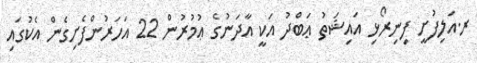
ރ.އަލިފުށީ ފިނިރޯޅި އައިޝަތު ޢަބްދު އަކީ އާދަނުގެ ޢުމުރުން 22 އަހަރުންފެށިގެން އެކުގައި